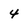
Character: 4